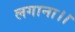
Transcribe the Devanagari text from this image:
लगाना।।